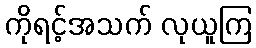
ကိုရင့်အသက် လုယူကြ